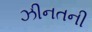
ઝીનતની